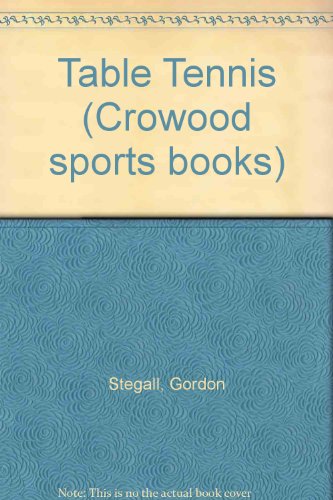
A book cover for Table Tennis (Crowood sports books); Gordon Stegall; Sports & Outdoors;